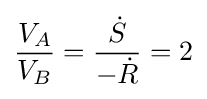
{\frac {V_{A}}{V_{B}}}={\frac {\dot {S}}{-{\dot {R}}}}=2